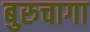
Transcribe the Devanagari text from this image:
बुरुचागा